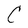
Character: C